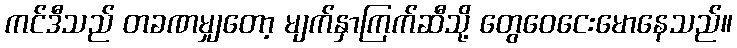
ကင်ဒီသည် တခဏမျှတော့ မျက်နှာကြက်ဆီသို့ တွေဝေငေးမောနေသည်။